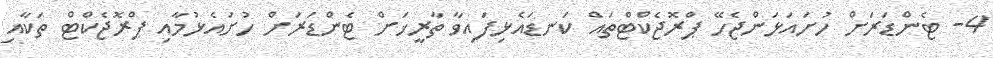
4- ޓެންޑަރަށް ހުށައަޅަންޖެހޭ ޕްރޮޖެކްޓްތައް ކަނޑައެޅިފައިވާ ތާރީޚަށް ޓެންޑަރަށް ހުށައެޅުމާއި ޕްރޮޖެކްޓް ތަކާއި